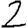
Digit: 2